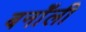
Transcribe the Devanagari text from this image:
बर्नॉली